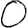
Digit: 0